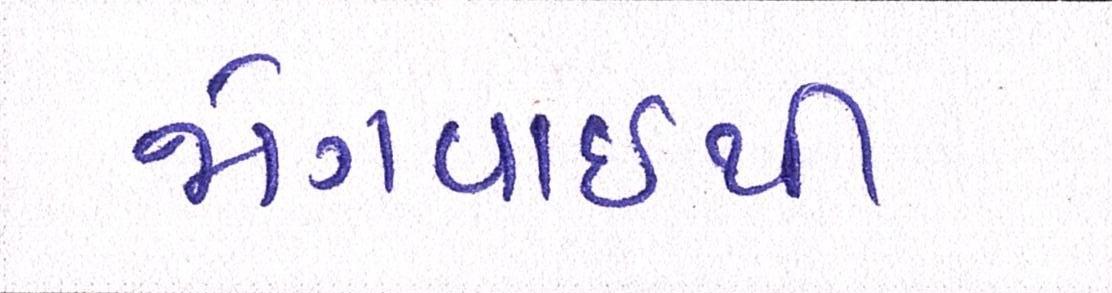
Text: જોગવાઈથી